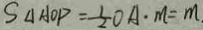
S _ { \Delta A O P } = \frac { 1 } { 2 } O A \cdot m = m .